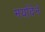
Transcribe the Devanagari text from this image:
मर्यादेने